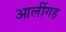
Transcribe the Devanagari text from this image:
आलींगड़